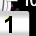
Digit: 1